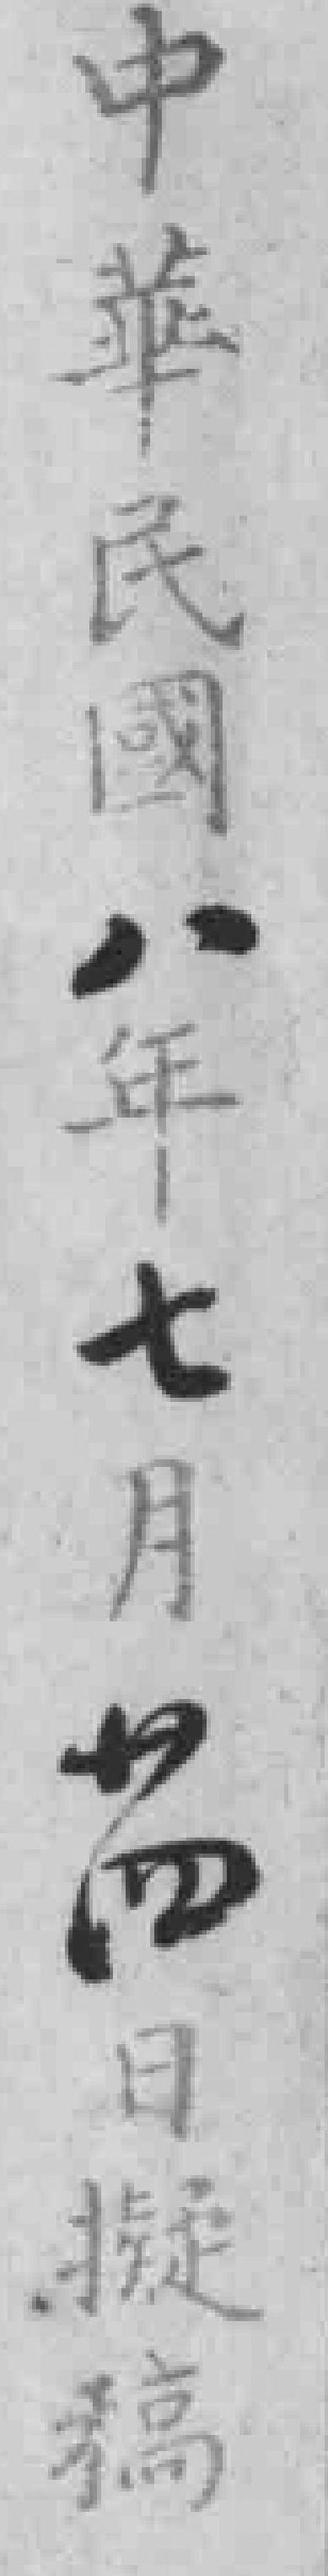
中华民國八年七月廿四日擬稿